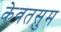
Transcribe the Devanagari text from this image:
केवतसुम